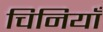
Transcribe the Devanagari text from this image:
चिनियाँ